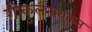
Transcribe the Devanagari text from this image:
गोकुलनाथकृत